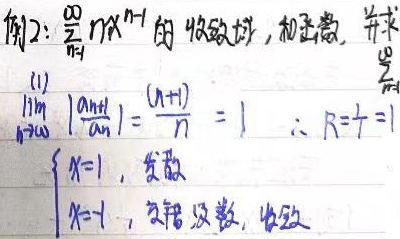
例2：求\(\sum_{n = 1}^{\infty}nx^{n - 1}\) 的收敛域、和函数，并求\(\sum_{n = 1}^{\infty}\frac{n}{2^{n}}\)。

(1) 计算\(\lim_{n\rightarrow\infty}\left|\frac{a_{n + 1}}{a_{n}}\right|=\lim_{n\rightarrow\infty}\frac{n + 1}{n}=1\)，\(\therefore R=\frac{1}{1}=1\)。

当\(\begin{cases}x = 1\text{ 时，级数发散}\\x=-1\text{时，为交错级数，收敛}\end{cases}\)